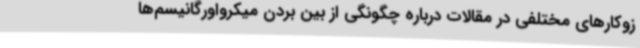
زوکارهای مختلفی در مقالات درباره چگونگی از بین بردن میکرواورگانیسم‌ها